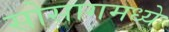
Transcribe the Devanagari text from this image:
सोसागमध्ये